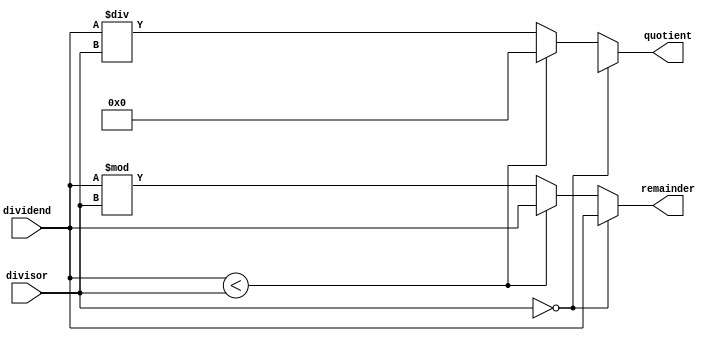
module AsynchronousDivider (
    input [31:0] dividend,
    input [31:0] divisor,
    output reg [31:0] quotient,
    output reg [31:0] remainder
);

always @(*) begin
    if (divisor == 0) begin
        quotient <= 32'hX; // handle division by zero
        remainder <= dividend;
    end else if (dividend < divisor) begin
        quotient <= 32'h0;
        remainder <= dividend;
    end else begin
        quotient <= dividend / divisor;
        remainder <= dividend % divisor;
    end
end

endmodule